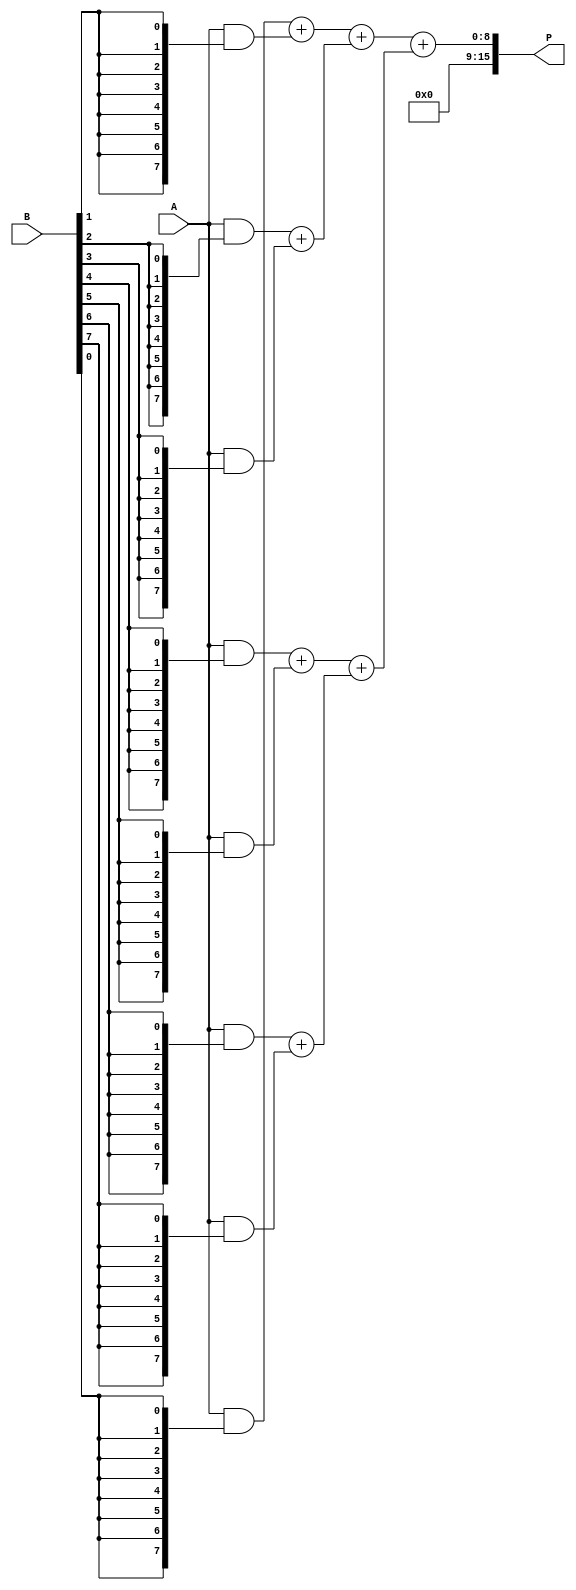
module wallace_tree_multiplier #(parameter n = 8) (
    input  wire [n-1:0] A,  // First multiplicand
    input  wire [n-1:0] B,  // Second multiplicand
    output wire [2*n-1:0] P // Product output
);
    // Generate partial products
    wire [n-1:0] pp[n-1:0]; // Partial products
    genvar i;
    generate
        for (i = 0; i < n; i = i + 1) begin : pp_gen
            assign pp[i] = A & {n{B[i]}};
        end
    endgenerate

    // Wallace tree reduction
    wire [n-1:0] sum[n-1:0];
    wire [n-1:0] carry[n-1:0];
    
    // Stage 1 - Add pairs of partial products
    genvar j;
    generate
        for (j = 0; j < n/2; j = j + 1) begin : stage1
            assign {carry[j], sum[j]} = pp[2*j] + pp[2*j + 1];
        end
        if (n % 2) begin
            assign sum[n/2] = pp[n-1]; // If odd, carry forward the last one
        end
    endgenerate
    
    // Stage 2 - Continue combining until two rows remain
    wire [n-1:0] sum_out[n/2:0];
    wire [n-1:0] carry_out[n/2:0];

    generate
        for (j = 0; j < (n/4); j = j + 1) begin : stage2
            assign {carry_out[j], sum_out[j]} = sum[2*j] + sum[2*j + 1];
        end
        if (n/2 % 2) begin
            assign sum_out[n/4] = sum[n/2]; // Carry forward if odd
        end
    endgenerate
    
    // Stage 3 - Final summation
    wire [n-1:0] final_sum;
    wire [n-1:0] final_carry;

    assign {final_carry, final_sum} = sum_out[0] + sum_out[1]; // Assuming only 2 rows at the end
    
    // Final product construction
    assign P = {final_carry, final_sum};

endmodule